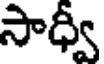
సాధ్వీ